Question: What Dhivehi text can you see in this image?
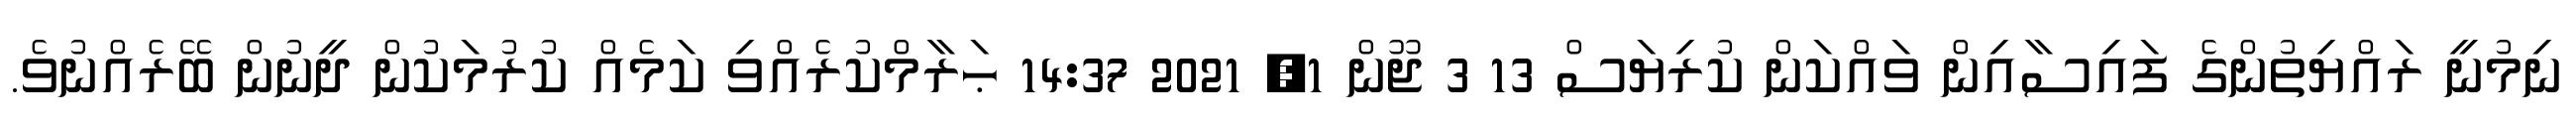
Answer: ނިމުނީ ރައްޔިތުންގެ ފައިސާއިން ވައްކަން ކުރިޔަސް 13 3 ޖޫން 1, 2021 14:37 ޙަރާމްކުރެއްވި ކަމެއް ކުރުމަކުން ދީނުން ބޭރެއްނުވެ.